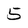
Character: 5